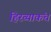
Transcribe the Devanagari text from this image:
हिरव्याकंच